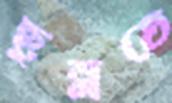
ছুব্‌লতে